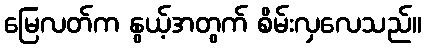
မြေလတ်က နွယ့်အတွက် စိမ်းလှလေသည်။